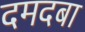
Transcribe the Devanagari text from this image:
दमदबा